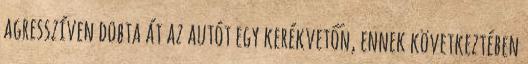
agresszíven dobta át az autót egy kerékvetőn, ennek következtében